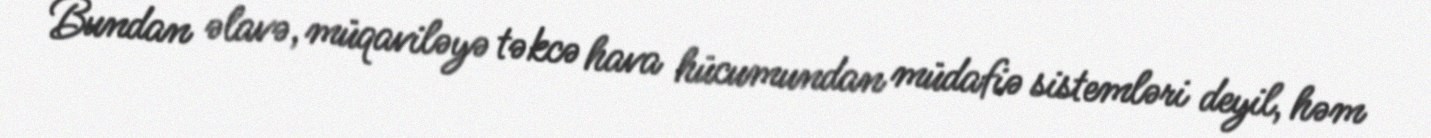
Bundan əlavə, müqaviləyə təkcə hava hücumundan müdafiə sistemləri deyil, həm